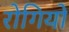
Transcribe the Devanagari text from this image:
राेगियों